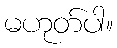
မဟုတ်ပါ။